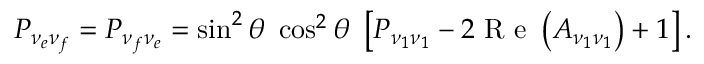
P _ { \nu _ { e } \nu _ { f } } = P _ { \nu _ { f } \nu _ { e } } = \sin ^ { 2 } \theta \ \cos ^ { 2 } \theta \ \left[ P _ { \nu _ { 1 } \nu _ { 1 } } - 2 \textrm { R e } \left( A _ { \nu _ { 1 } \nu _ { 1 } } \right) + 1 \right] .